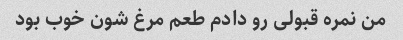
من نمره قبولی رو دادم طعم مرغ شون خوب بود